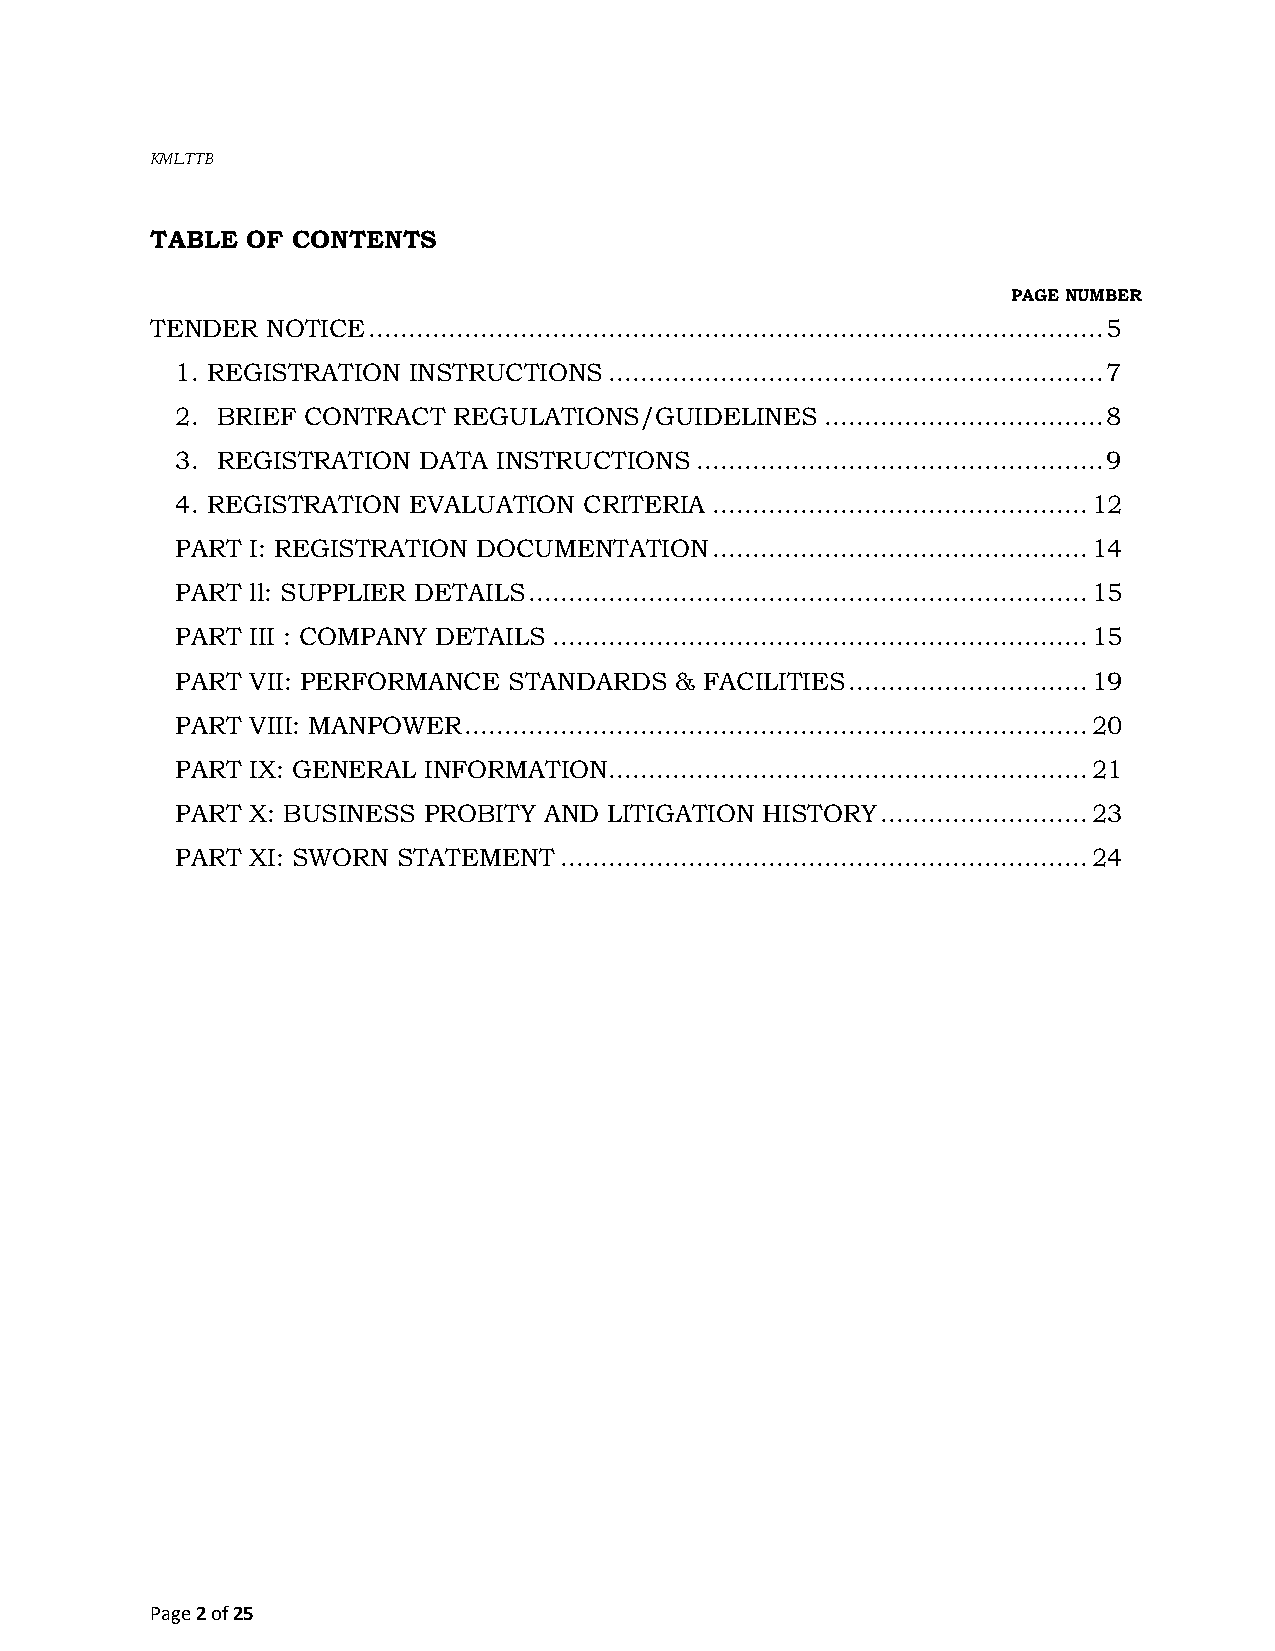
KMLTTB
 TABLE OF CONTENTS
 PAGE NUMBER
 TENDER  NOTICE ............................................................................................ 5
 1. REGISTRATION INSTRUCTIONS .............................................................. 7
 2. BRIEF CONTRACT REGULATIONS/GUIDELINES   ................................... 8
 3. REGISTRATION DATA INSTRUCTIONS ................................................... 9
 4. REGISTRATION EVALUATION CRITERIA ............................................... 12
 PART I: REGISTRATION DOCUMENTATION ............................................... 14
 PART ll: SUPPLIER DETAILS ...................................................................... 15
 PART III : COMPANY DETAILS ................................................................... 15
 PART VII: PERFORMANCE STANDARDS  & FACILITIES .............................. 19
 PART VIII: MANPOWER .............................................................................. 20
 PART IX: GENERAL INFORMATION ............................................................ 21
 PART X: BUSINESS PROBITY AND LITIGATION HISTORY .......................... 23
 PART XI: SWORN STATEMENT .................................................................. 24
 Page 2 of 25